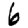
Digit: 6